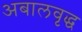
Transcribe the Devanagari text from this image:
अबालवृद्ध